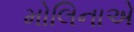
મોલિનાએ